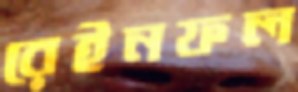
রেইনফল